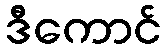
ဒီကောင်